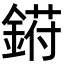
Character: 𬫰